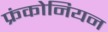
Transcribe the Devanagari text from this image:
फ्रंकोनियन